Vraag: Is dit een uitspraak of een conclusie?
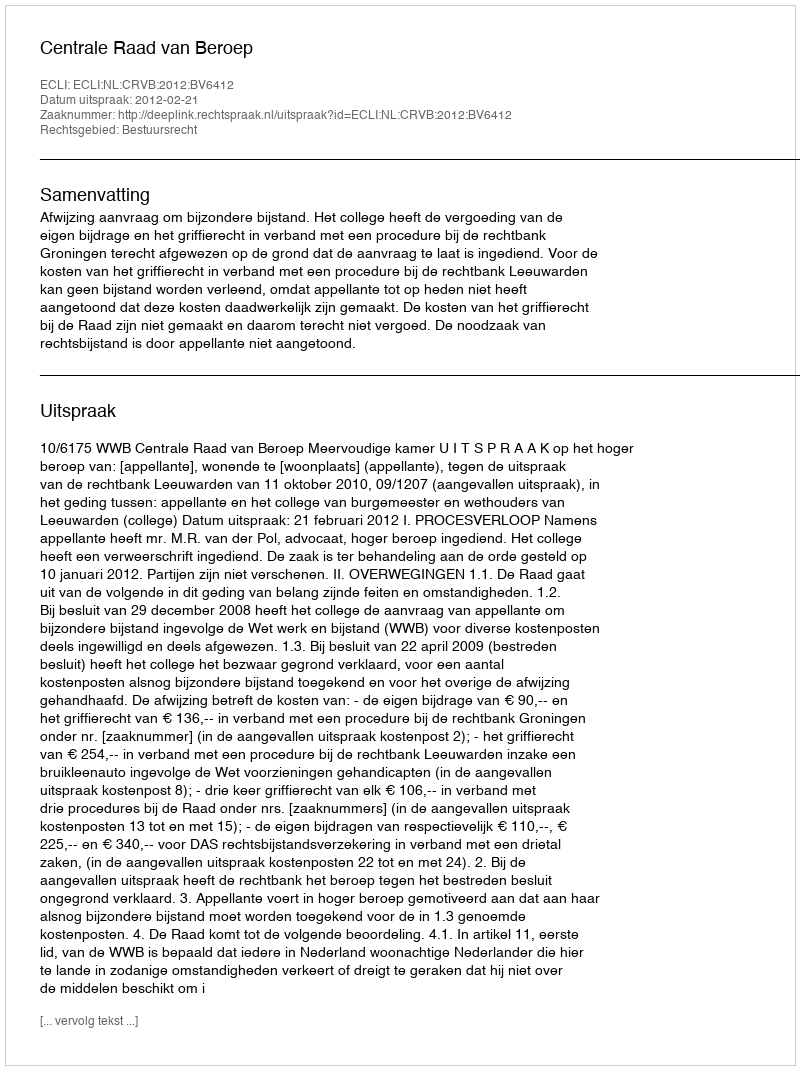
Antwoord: Uitspraak